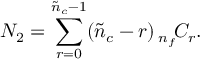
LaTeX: { \cal N } _ { 2 } = \sum _ { r = 0 } ^ { \tilde { n } _ { c } - 1 } ( \tilde { n } _ { c } - r ) \, { } _ { n _ { f } } \! C _ { r } .